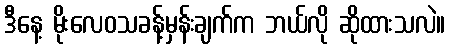
ဒီနေ့ မိုးလေဝသခန့်မှန်းချက်က ဘယ်လို ဆိုထားသလဲ။